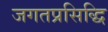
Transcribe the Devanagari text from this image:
जगतप्रसिद्धि